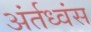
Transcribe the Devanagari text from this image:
अंर्तध्वंस